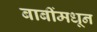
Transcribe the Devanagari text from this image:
बाबींमधून